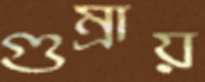
গুম্‌রায়